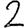
Digit: 2